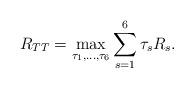
LaTeX: \begin{align*}R_{TT}= \max_{\tau_1,\ldots,\tau_6}\sum_{s=1}^6 \tau_s R_s.\end{align*}